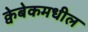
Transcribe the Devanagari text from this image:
क्वेबेकमधील